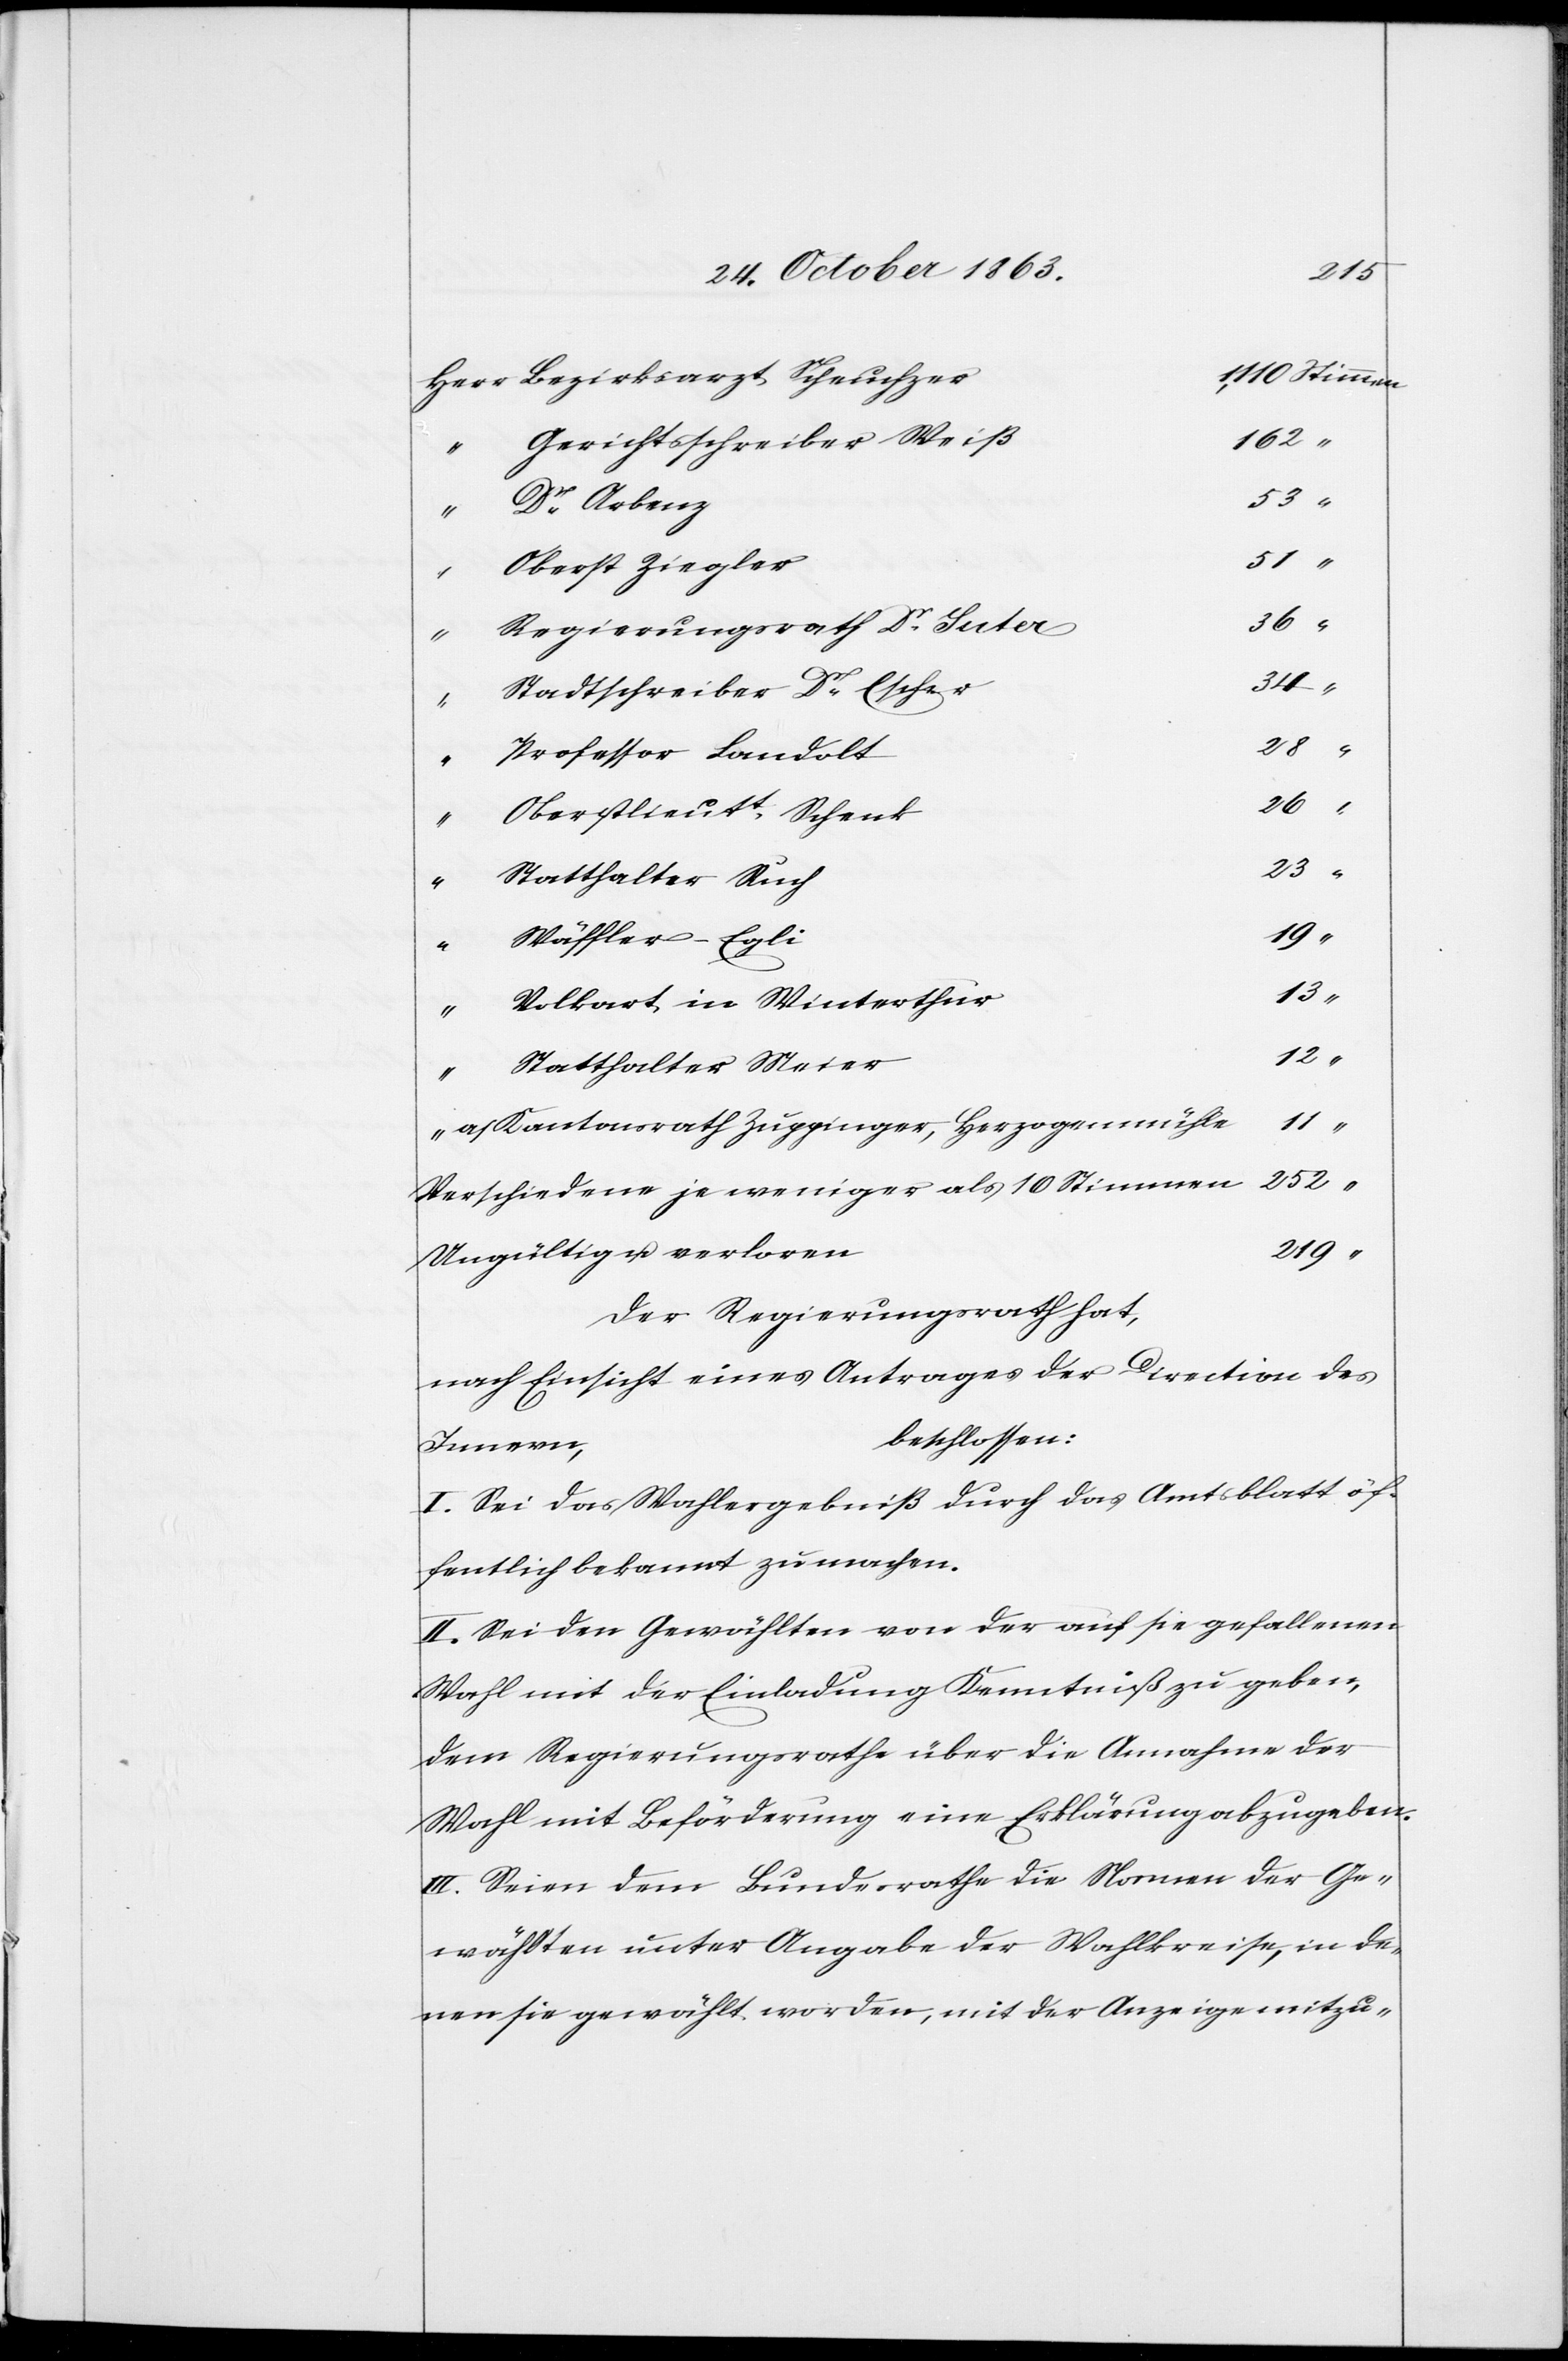
Bezirksarzt Scheuchzer
252
Gerichtsschreiber Weiß
Dr Arbenz
53
Oberst Ziegler
51
Regierungsrath Dr Suter
36
Stadtschreiber Dr Escher
23
“
Professor Landolt
28
“
Oberstlieut. Schenk
Statthalter Ruch
12
Wäffler-Egli
13
Volkart in Winterthur
“
Statthalter Meier
a/Kantonsrath Zuppinger, Herzogenmühle
Verschiedene je weniger als 10 Stimmen
219
Ungültig u. verloren
Der Regierungsrath hat,
nach Einsicht eines Antrages der Direction des
beschlossen:
Innern,
I. Sei das Wahlergebniß durch das Amtsblatt öf¬
fentlich bekannt zu machen.
II. Sei den Gewählten von der auf sie gefallenen
Wahl mit der Einladung Kenntniß zu geben,
dem Regierungsrathe über die Annahme der
Wahl mit Beförderung eine Erklärung abzugeben.
III. Seien dem Bundesrathe die Namen der Ge¬
wählten unter Angabe der Wahlkreise, in de¬
nen sie gewählt worden, mit der Anzeige mitzu-